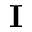
\mathbf { I }